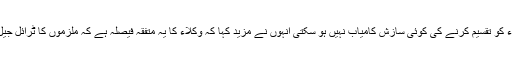
چوہدری اشتیاق احمد خاں نے کہا وکلاء کا ا تحاد مثالی ہے اور وکلاء کو تقسیم کرنے کی کوئی سازش کامیاب نہیں ہو سکتی انہوں نے مزید کہا کہ وکلاء کا یہ متفقہ فیصلہ ہے کہ ملزموں کا ٹرائل جیل میں کیا جائے اور مقدمہ کی سماعت روزانہ کی بنیاد پر کی جائے۔